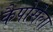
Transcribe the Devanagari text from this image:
कैपोसेला